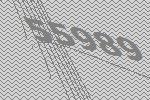
55989